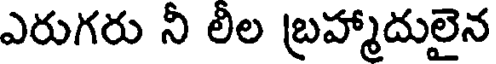
ఎరుగరు నీ లీల బ్రహ్మాదులైన